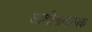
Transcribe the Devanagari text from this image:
आशीर्वादात्मक